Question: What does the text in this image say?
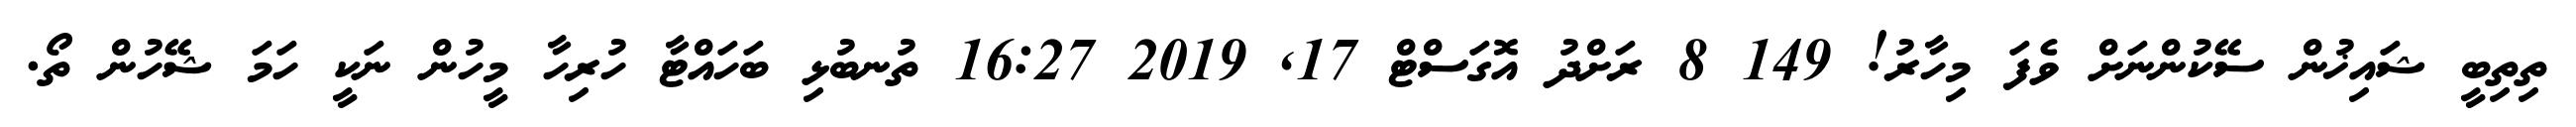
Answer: ތިތިބީ ޝައިޚުން ސޭކުންނަށް ވެފަ މިހާރު! 149 8 ރަށްދު އޮގަސްޓް 17, 2019 16:27 ތުނބުޅި ބަހައްޓާ ހުރިހާ މީހުން ނަކީ ހަމަ ޝޭހުން ތޯ.